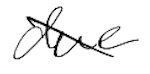
Text: due
Cross-out: diagonal
Writing tool: digital_black